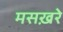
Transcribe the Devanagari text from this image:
मसख़रे